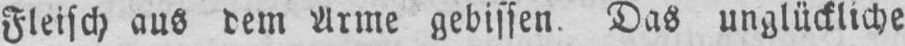
Fleisch aus dem Arme gebissen. Das unglückliche